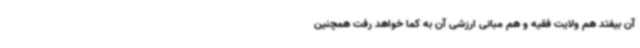
آن بیفتد هم ولایت فقیه و هم مبانی ارزشی آن به کما خواهد رفت همچنین